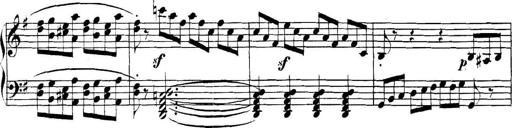
Title: Collected Piano Sonatas
Composer: Muzio Clementi